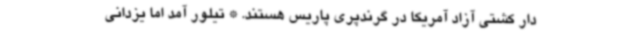
دار کشتی آزاد آمریکا در گرندپری پاریس هستند. * تیلور آمد اما یزدانی